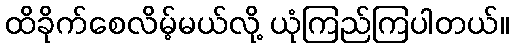
ထိခိုက်စေလိမ့်မယ်လို့ ယုံကြည်ကြပါတယ်။